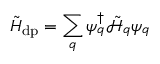
\tilde { H } _ { \mathrm { d p } } = \sum _ { q } { { \psi } } _ { q } ^ { \dagger } \tilde { \mathcal { H } } _ { q } ^ { \phantom { \dagger } } { { \psi } } _ { q } ^ { \phantom { \dagger } }